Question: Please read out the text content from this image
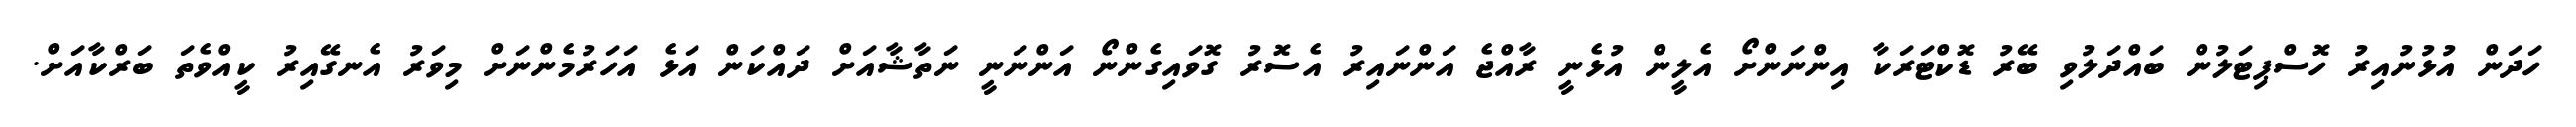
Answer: ހަދަން އުޅުނުއިރު ހޮސްޕިޓަލުން ބައްދަލުވި ބޭރު ޑޮކްޓަރަކާ އިންނަންށޯ އެލީން އުޅެނީ ރާއްޖެ އަންނައިރު އެސޮރު ގޮވައިގެންނޯ އަންނަނީ ނަތާޝާއަށް ދައްކަން އަޅެ އަހަރުމެންނަށް މިވަރު އެނގޭއިރު ކީއްވެތަ ބަރްކާއަށް.